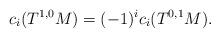
LaTeX: \begin{align*}c_i(T^{1, 0}M) = (-1)^i c_i(T^{0, 1}M).\end{align*}